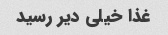
غذا خیلی دیر رسید